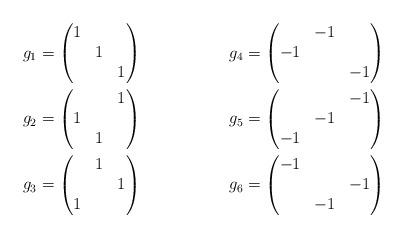
LaTeX: \begin{align*}g_1&=\begin{pmatrix}1 &&\\&1&\\&&1\end{pmatrix}&g_4&=\begin{pmatrix}&-1&\\-1&&\\&&-1\end{pmatrix}\\g_2&=\begin{pmatrix}&&1\\1&&\\&1&\end{pmatrix}&g_5&=\begin{pmatrix}&&-1\\&-1&\\-1&&\end{pmatrix}\\g_3&=\begin{pmatrix}&1&\\&&1\\1&&\end{pmatrix}&g_6&=\begin{pmatrix}-1&&\\&&-1\\&-1&\end{pmatrix}\end{align*}